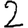
Digit: 2